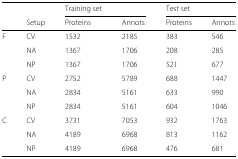
|  |  | Training set |  | <COLSPAN=2> Test set |
 |  | Setup | Proteins | Annots. | Proteins | Annots. |
 | --- | --- | --- | --- | --- | --- |
 | F | CV | 1532 | 2185 | 383 | 546 |
 |  | NA | 1367 | 1706 | 208 | 285 |
 |  | NP | 1367 | 1706 | 521 | 677 |
 | P | CV | 2752 | 5789 | 688 | 1447 |
 |  | NA | 2834 | 5161 | 633 | 990 |
 |  | NP | 2834 | 5161 | 604 | 1046 |
 | C | CV | 3731 | 7053 | 932 | 1763 |
 |  | NA | 4189 | 6968 | 813 | 1162 |
 |  | NP | 4189 | 6968 | 476 | 681 |